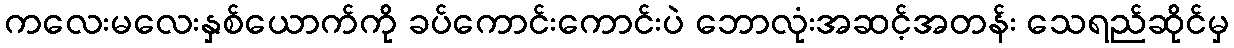
ကလေးမလေးနှစ်ယောက်ကို ခပ်ကောင်းကောင်းပဲ ဘောလုံးအဆင့်အတန်း သေရည်ဆိုင်မှ